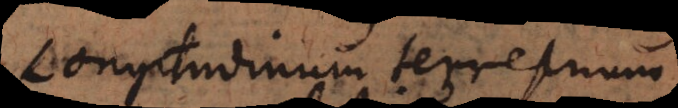
Longitudinum terrestrium